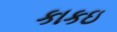
કાકઇ